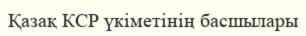
Қазақ КСР үкіметінің басшылары